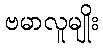
ဗမာလူမျိုး